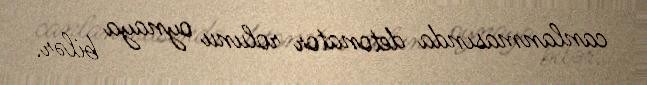
canlanmasında detonator rolunu oynaya bilər.